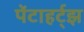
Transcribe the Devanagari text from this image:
पेंटाहर्ट्‌झ